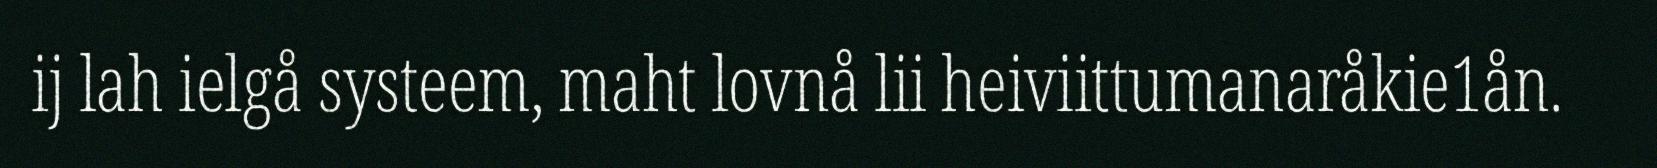
ij lah ielgå systeem, maht lovnå lii heiviittumanaråkie1ån.